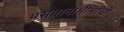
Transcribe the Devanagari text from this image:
असतानाभीमाची